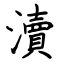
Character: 瀆